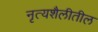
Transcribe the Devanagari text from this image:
नृत्यशैलीतील